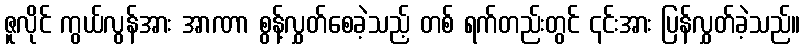
ဇူလိုင် ကွယ်လွန်အား အာဏာ စွန့်လွှတ်စေခဲ့သည့် တစ် ရက်တည်းတွင် ၎င်းအား ပြန်လွှတ်ခဲ့သည်။